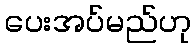
ပေးအပ်မည်ဟု